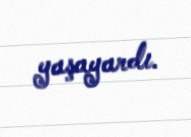
yaşayardı.